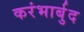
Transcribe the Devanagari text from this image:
करंभार्बुद